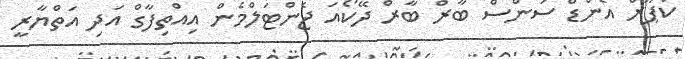
ކަޕޫރް އެންޑް ސަންސް ބާރް ބާރް ދޭކޯއަ ޖެންޓަލްމެން އިއްތިފާގް އަދި އަތްޔާރީ